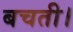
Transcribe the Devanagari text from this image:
बचती।